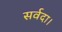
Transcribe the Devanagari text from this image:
सर्वदा।